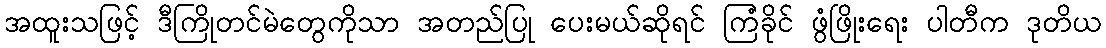
အထူးသဖြင့် ဒီကြိုတင်မဲတွေကိုသာ အတည်ပြု ပေးမယ်ဆိုရင် ကြံခိုင် ဖွံဖြိုးရေး ပါတီက ဒုတိယ